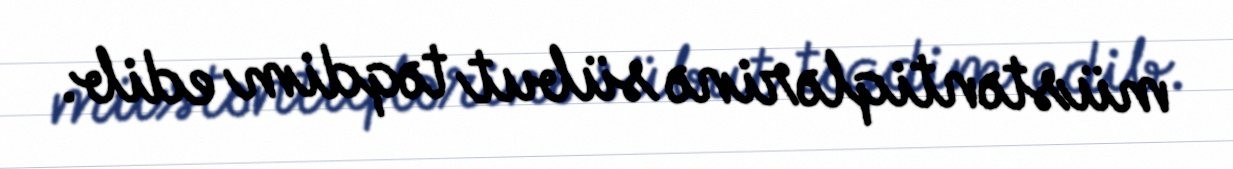
müstəntiqlərinə sübut təqdim edib.